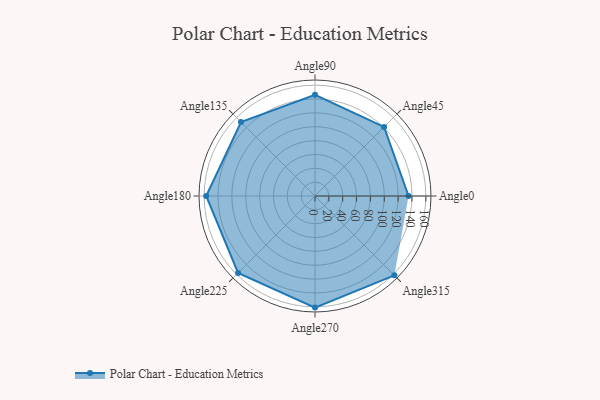
{"axis": {"x": "Angle", "y": "Radius"}, "legend": [""], "data": [{"x": "Angle0", "y": 135.0, "type": ""}, {"x": "Angle45", "y": 141.0, "type": ""}, {"x": "Angle90", "y": 146.0, "type": ""}, {"x": "Angle135", "y": 151.0, "type": ""}, {"x": "Angle180", "y": 157.0, "type": ""}, {"x": "Angle225", "y": 157.0, "type": ""}, {"x": "Angle270", "y": 161.0, "type": ""}, {"x": "Angle315", "y": 162.0, "type": ""}]}